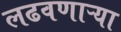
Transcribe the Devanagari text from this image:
लढवणाऱ्या